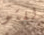
للتو